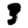
Digit: 3